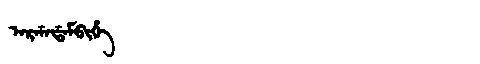
Manchu: ᠠᡵᡤᠠᡩᠠᠮᠪᡳᡥᡝ
Romanization: ARGADAMBIHE